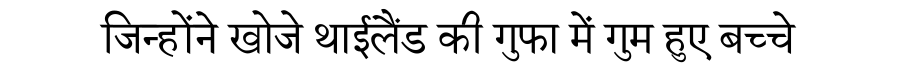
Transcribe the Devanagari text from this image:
जिन्होंने खोजे थाईलैंड की गुफा में गुम हुए बच्चे